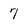
Character: 7